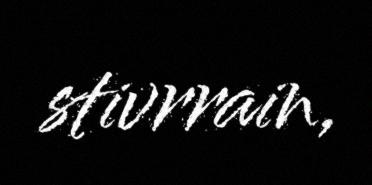
stivrrain,